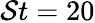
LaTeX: \mathcal{S}t=20